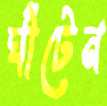
ঘাঁটেন